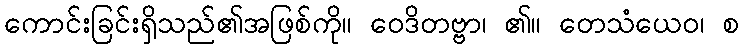
ကောင်းခြင်းရှိသည်၏အဖြစ်ကို။ ဝေဒိတဗ္ဗာ၊ ၏။ တေသံယေဝ၊ စ